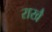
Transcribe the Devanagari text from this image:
राखै